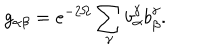
LaTeX: g _ { \alpha \beta } = e ^ { - 2 \Omega } \sum _ { \gamma } b _ { \alpha } ^ { \gamma } b _ { \beta } ^ { \gamma } .